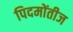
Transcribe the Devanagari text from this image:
पिदमोंतीज